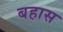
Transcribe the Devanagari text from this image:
बहास